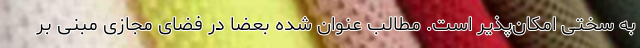
به سختی امکان‌پذیر است. مطالب عنوان شده بعضا در فضای مجازی مبنی بر